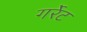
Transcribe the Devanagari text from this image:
गर्रेट